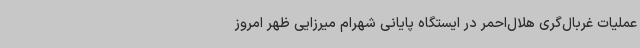
عملیات غربال‌گری هلال‌احمر در ایستگاه پایانی شهرام میرزایی ظهر امروز